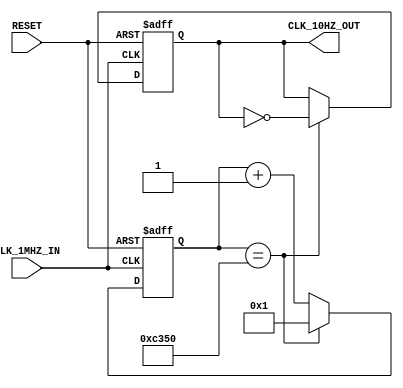
///////////////////////////////////////////////////////////////////////////////////////////////////
// Company: <ELSA>
//
//
// Description: Turns 1MHZ clock into 10Hz clock
//
// Targeted device: <Family::ProASIC3L> <Die::A3PE3000L> <Package::484 FBGA>
//
/////////////////////////////////////////////////////////////////////////////////////////////////// 

module clock_div_1MHZ_10HZ(CLK_1MHZ_IN,RESET,CLK_10HZ_OUT);
input CLK_1MHZ_IN,RESET;
output CLK_10HZ_OUT;
wire CLK_10HZ_OUT;

reg [16:0] counter;
reg clk_out;
parameter factor=50000; // 100000/2
assign CLK_10HZ_OUT = clk_out;
always @(posedge CLK_1MHZ_IN or negedge RESET)
begin
    if (RESET==1'b0) begin
        clk_out<=1;
        counter<=1;
    end else if (counter == factor) begin
        clk_out <= !clk_out;
        counter <=1;
    end else begin
        counter <= counter+1;
    end
    
end


endmodule